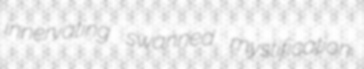
innervating swanned mystification